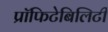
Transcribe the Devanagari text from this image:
प्रॉफिटेबिलिटी